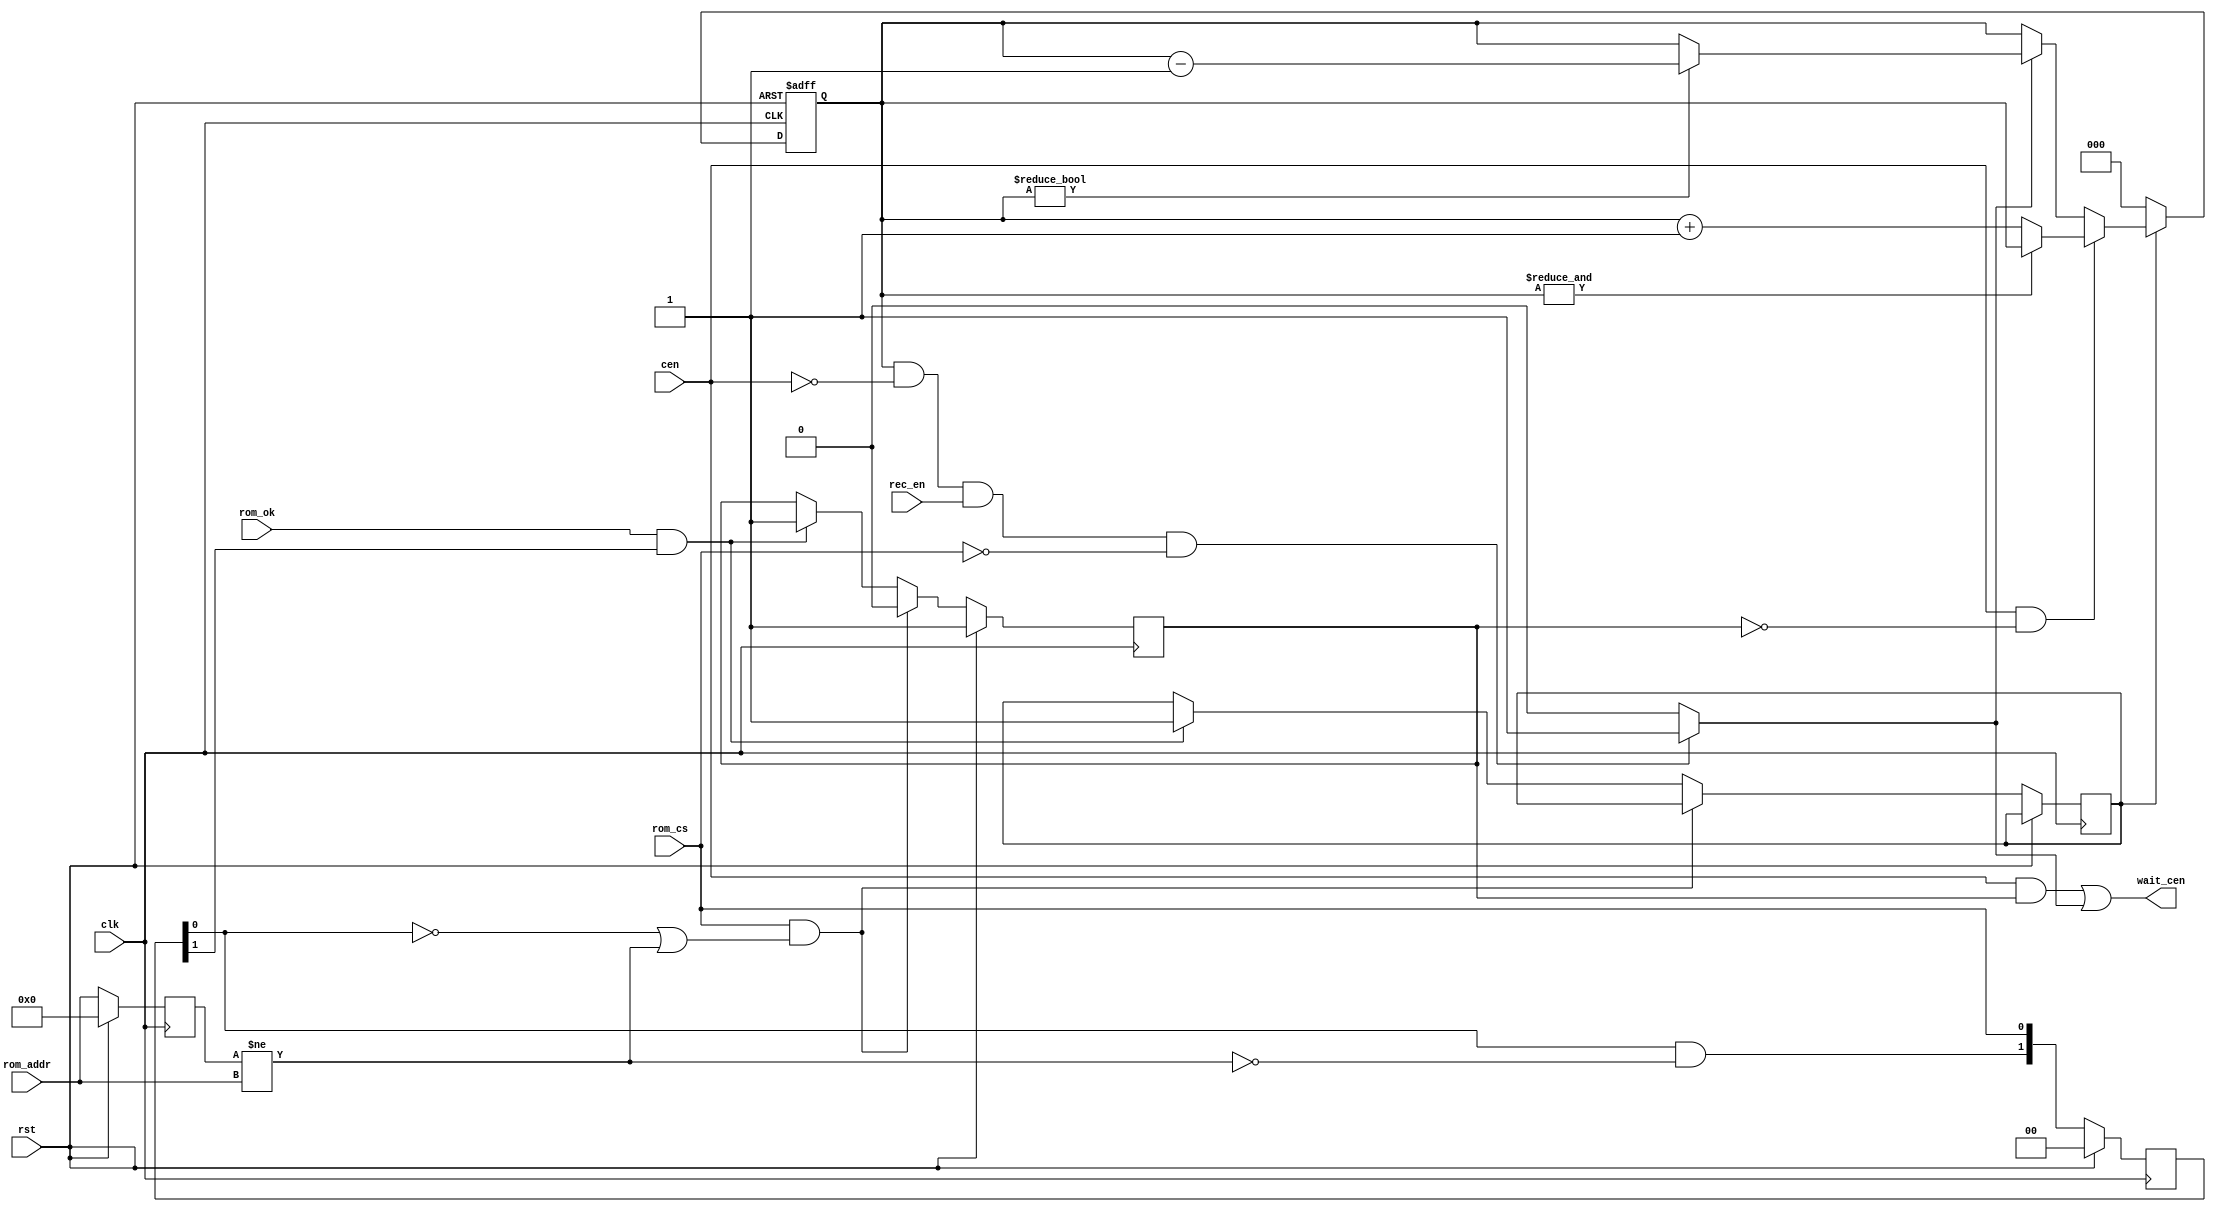
// This program was cloned from: https://github.com/atrac17/Toaplan2
// License: GNU General Public License v3.0

/*  This file is part of JTFRAME.
      JTFRAME program is free software: you can redistribute it and/or modify
      it under the terms of the GNU General Public License as published by
      the Free Software Foundation, either version 3 of the License, or
      (at your option) any later version.

      JTFRAME program is distributed in the hope that it will be useful,
      but WITHOUT ANY WARRANTY; without even the implied warranty of
      MERCHANTABILITY or FITNESS FOR addr PARTICULAR PURPOSE.  See the
      GNU General Public License for more details.

      You should have received a copy of the GNU General Public License
      along with JTFRAME.  If not, see <http://www.gnu.org/licenses/>.

      Author: Jose Tejada Gomez. Twitter: @topapate
      Version: 1.0
      Date: 2-6-2020

*/

// Gates the clock enable signals for two clock cycles if rom_cs
// has risen or if the rom address has changed while rom_cs was high

// Depending on how the CPU and the rom_cs decoder logic, rom_cs might
// not toggle in between ROM address changes, so the address must be
// tracked

// if rom_cs is constantly high, rom_ok will take one clock cycle to come
// down after an address change. If the cen frequency allows for at least
// two clock cycles between two cen pulses, then checking the ROM address
// is not necessary

// Missed cycles because of slow ROM access are tracked and recovered
// when rom_cs is low and rec_en is high. rec_en should be set low if
// a bus transaction sensitive to two consequitive cen is happening.

// If unsure about when to set rec_en high, just set it to the OR of
// of all bus select signals

module jtframe_gatecen #(parameter ROMW=12 )(
    input             clk,
    input             rst,
    input             cen,
    input             rec_en,   // recovery enable
                                // indicates when it is safe to recover a
                                // lost cycle
    input  [ROMW-1:0] rom_addr,
    input             rom_cs,
    input             rom_ok,
    output            wait_cen
);

reg  [     1:0] last_cs;
reg  [ROMW-1:0] last_addr;
reg             waitn, rec, start;
reg  [     2:0] miss_cnt;
wire            new_addr = last_addr != rom_addr;

assign          wait_cen = cen & waitn | rec;

always @(*) begin
    rec = 0;
    if( miss_cnt && !cen && rec_en && !rom_cs )
        rec = 1;
end

always @(posedge clk, posedge rst) begin
    if( rst ) begin
        miss_cnt <= 3'd0;
    end else begin
        if( !start ) begin
            miss_cnt <= 3'd0;
        end else begin
            if( cen && !waitn ) begin
                if( ~&miss_cnt ) miss_cnt <= miss_cnt+3'd1;
            end else if( rec ) begin
                if( miss_cnt ) miss_cnt <= miss_cnt - 3'd1;
            end
        end
    end
end


always @(posedge clk) begin
    if( rst ) begin
        waitn     <= 1;
        last_cs   <= 0;
        last_addr <= {ROMW{1'b0}};
    end else begin
        last_cs   <= { last_cs[0] & ~new_addr, rom_cs };
        last_addr <= rom_addr;
        if( rom_cs && (!last_cs[0] || new_addr) ) waitn <= 0;
        else if( rom_ok && last_cs[1] ) begin
          waitn <= 1;
          start <= 1;
        end
    end
end

endmodule